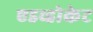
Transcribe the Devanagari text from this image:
एडव्होकेट